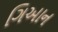
ગિઆન